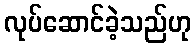
လုပ်ဆောင်ခဲ့သည်ဟု